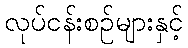
လုပ်ငန်းစဉ်များနှင့်